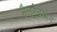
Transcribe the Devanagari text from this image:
नैलट्रेक्सोन